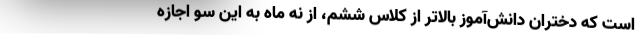
است که دختران دانش‌آموز بالاتر از کلاس ششم، از نه ماه به این‌ سو اجازه